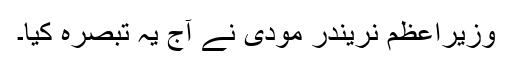
وزیراعظم نریندر مودی نے آج یہ تبصرہ کیا۔